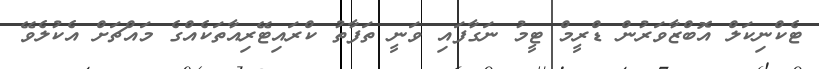
ޓެކްނިކަލް އޮބްޒާވަރުން ޑްރީމް ޓީމު ނަގާފައި ވަނީ ތަފާތު ކްރައިޓޭރިއާތަކެއްގެ މައްޗަށް އެކުލެވޭ